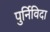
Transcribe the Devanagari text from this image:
पुर्निविदा